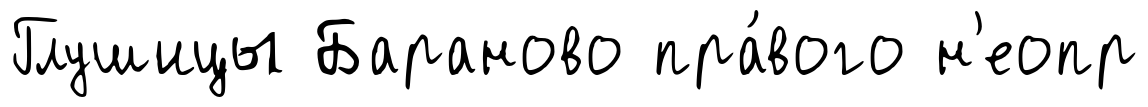
Глушицы Бараново пра́вого н'еопр